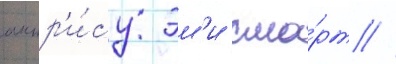
актр'и́су эм'и сма́рт //